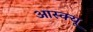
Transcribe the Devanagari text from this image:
आस्क्यू